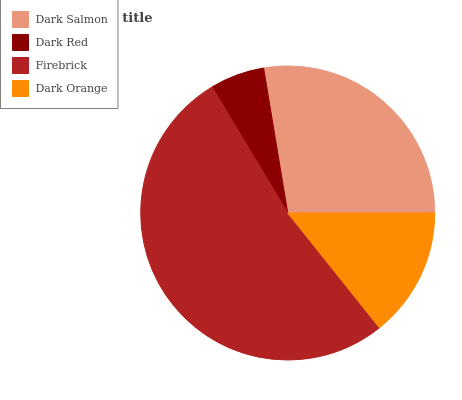
| Dark Salmon | Dark Red | Firebrick | Dark Orange |
 | --- | --- | --- | --- |
 | 27.7% | 6% | 52% | 14.3% |